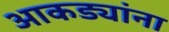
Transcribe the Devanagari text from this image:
आकड्यांना